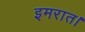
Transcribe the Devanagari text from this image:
इमरात।